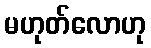
မဟုတ်လောဟု